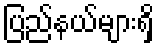
ပြည်နယ်များရှိ